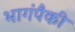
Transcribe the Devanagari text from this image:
भागंपैकी